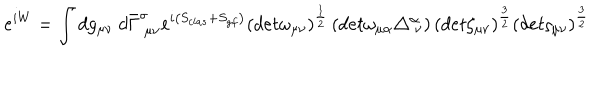
e ^ { i W } = \int d g _ { \mu \nu } ~ d \bar { \Gamma } _ { ~ \mu \nu } ^ { \sigma } e ^ { i \left( S _ { c l a s } + S _ { g f } \right) } \left( d e t \omega _ { \mu \nu } \right) ^ { \frac { 1 } { 2 } } \left( d e t \omega _ { \mu \alpha } \triangle _ { ~ \nu } ^ { \alpha } \right) \left( d e t \zeta _ { \mu \nu } \right) ^ { \frac { 3 } { 2 } } \left( d e t \varsigma _ { \mu \nu } \right) ^ { \frac { 3 } { 2 } }